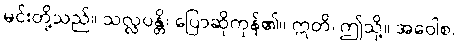
မင်းတို့သည်။ သလ္လပန္တိ၊ ပြောဆိုကုန်၏။ ဣတိ၊ ဤသို့။ အဝေါစ၊